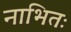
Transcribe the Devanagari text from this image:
नाभितः